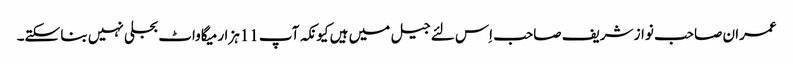
عمران صاحب نواز شریف صاحب اِس لئے جیل میں ہیں کیونکہ آپ 11ہزار میگاواٹ بجلی نہیں بنا سکتے۔